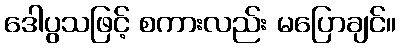
ဒေါပွသဖြင့် စကားလည်း မပြောချင်။